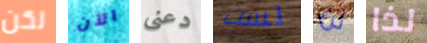
لكن الآن دعنى لست لن لذا